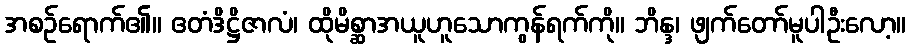
အစဉ်ရောက်၏။ ဧတံဒိဋ္ဌိဇာလံ၊ ထိုမိစ္ဆာအယူဟူသောကွန်ရက်ကို။ ဘိန္ဒ၊ ဖျက်တော်မူပါဦးလော့။